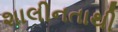
શાલીનતાથી